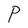
Character: P